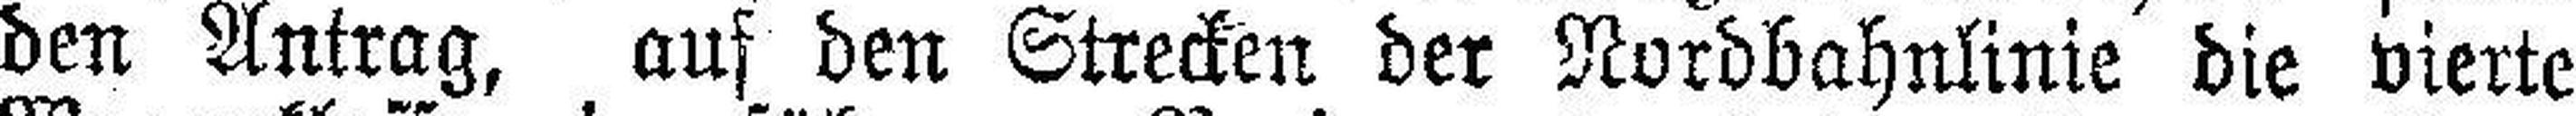
den Antrag, auf den Strecken der Nordbahnlinie die vierte